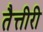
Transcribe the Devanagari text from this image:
तैत्तीरी